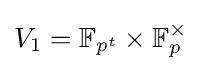
V_{1}=\mathbb {F} _{p^{t}}\times \mathbb {F} _{p}^{\times }